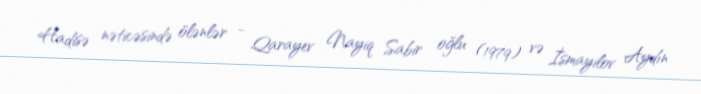
Hadisə nəticəsində ölənlər - Qarayev Nayiq Sabir oğlu (1979) və İsmayilov Aydın